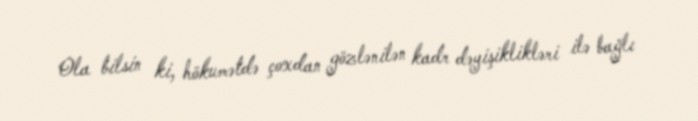
Ola bilsin ki, hökumətdə çoxdan gözlənilən kadr dəyişiklikləri ilə bağlı